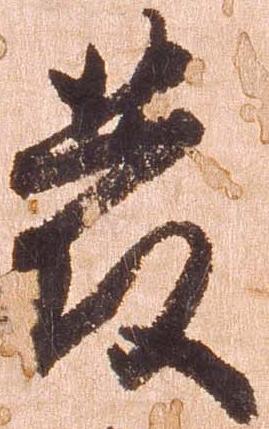
発